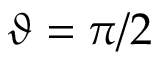
\vartheta = \pi / 2